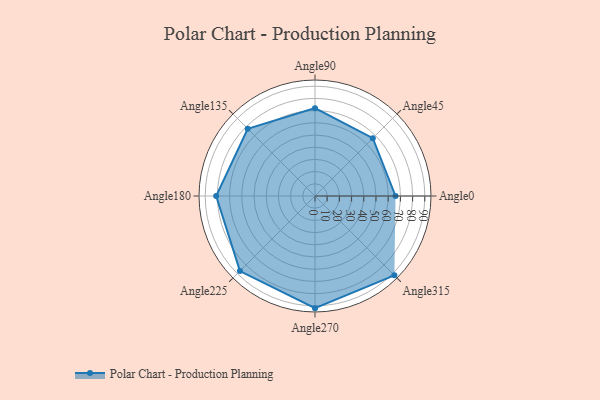
{"axis": {"x": "Angle", "y": "Radius"}, "legend": [""], "data": [{"x": "Angle0", "y": 66.0, "type": ""}, {"x": "Angle45", "y": 67.0, "type": ""}, {"x": "Angle90", "y": 72.0, "type": ""}, {"x": "Angle135", "y": 78.0, "type": ""}, {"x": "Angle180", "y": 81.0, "type": ""}, {"x": "Angle225", "y": 87.0, "type": ""}, {"x": "Angle270", "y": 92.0, "type": ""}, {"x": "Angle315", "y": 92.0, "type": ""}]}